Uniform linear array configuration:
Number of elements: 48
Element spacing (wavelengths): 0.5
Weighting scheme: exponential
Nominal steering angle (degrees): -15
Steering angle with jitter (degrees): -14.572
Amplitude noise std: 0.05
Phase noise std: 0.05

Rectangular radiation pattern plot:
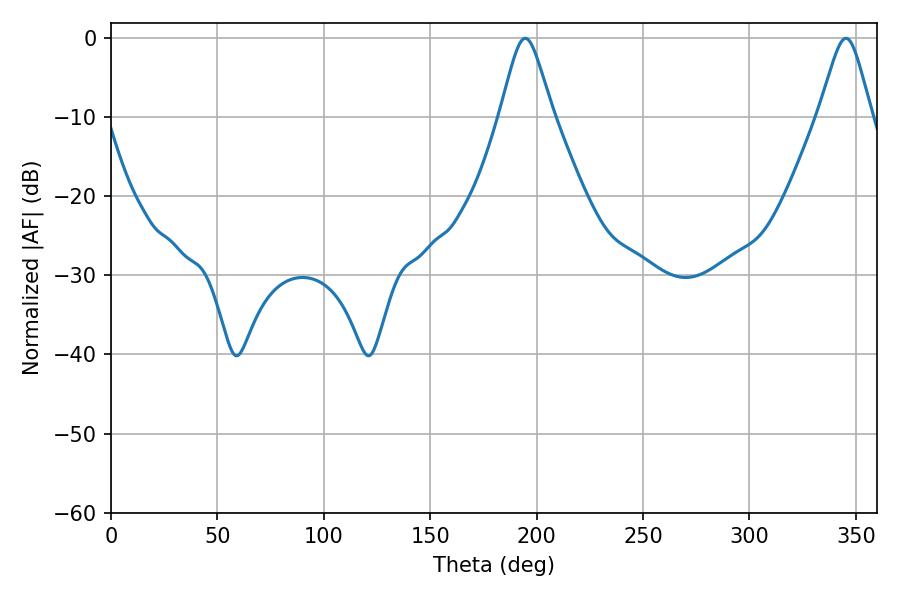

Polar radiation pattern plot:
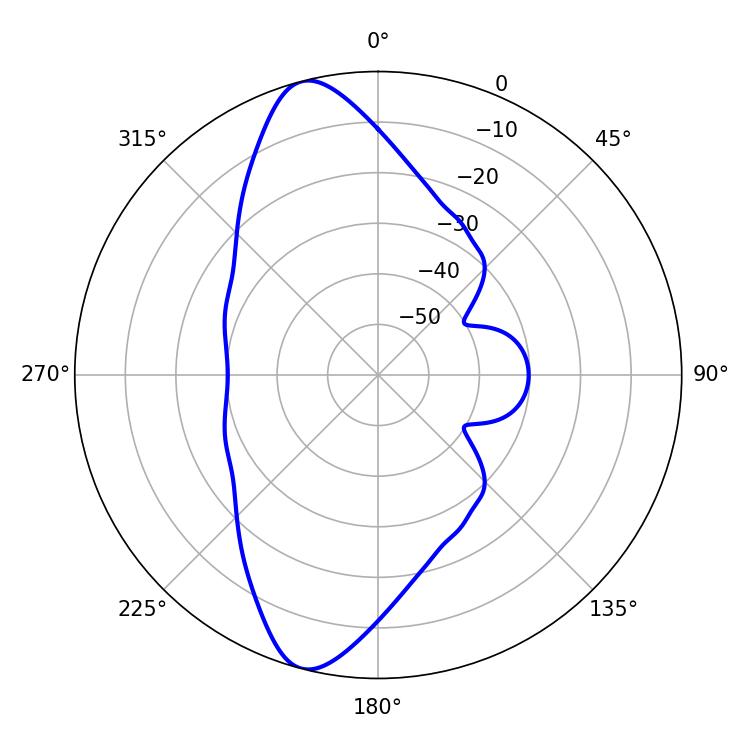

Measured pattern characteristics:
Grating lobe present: FALSE
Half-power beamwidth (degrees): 11.88
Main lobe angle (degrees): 194.58